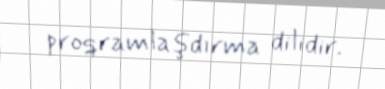
proqramlaşdırma dilidir.